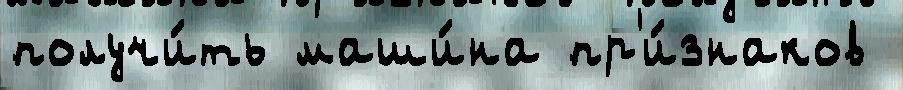
получи́ть маши́на пр'и́знаков